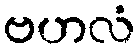
ဗဟလံ